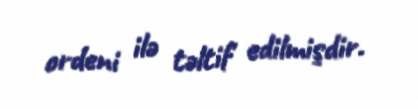
ordeni ilə təltif edilmişdir.